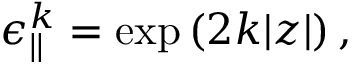
\epsilon _ { | | } ^ { k } = \exp \left( { 2 k | z | } \right) ,